system: You are a helpful assistant.
user:
Analyze the provided spectrum to determine if it is a **Carbon Star (C-type)**.

- **Key Visual Indicators of Carbon Star:**
    - **(Primary):** Strong molecular absorption from **C₂ (diatomic carbon) "Swan Bands."** This is the **defining feature** of a carbon star.
        - **(Key Bandheads):** Sharp absorption edges are visible at approximately $5635$ Å, $5165$ Å (the strongest band), and $4737$ Å.
        - **(Line Profile):** Creates a distinct **"saw-tooth"** pattern. The key morphology is a sharp, steep bandhead on the **red (long-wavelength) side**, which then gradually tapers off (i.e., flux recovers) towards the **blue (short-wavelength) side**. *(This is the direct opposite of the TiO bands seen in M-type stars)*.

    - **(Secondary):** Intense **CN (cyanogen)** molecular absorption bands.
        - **(Key Bandheads):** Located in the blue and violet regions of the spectrum (e.g., near $4215$ Å and $3883$ Å).
        - **(Morphology):** These bands are extremely broad and act as a "blanket," absorbing the vast majority of blue and violet light. This creates a characteristic **"cliff"** or **"steep drop-off"** in the spectrum's flux at short wavelengths.

    - **(Key Confirmation):** Strong **CH absorption band (G-band)**.
        - **(Key Bandhead):** Located around $4300$ Å. The contribution from CH molecules to this band is exceptionally strong.

    - **(Overall Spectrum):**
        - The continuum is severely "chopped up" by these deep molecular bands, especially C₂, rather than appearing as a smooth curve.
        - Due to the heavy CN and C₂ absorption in the blue-green, the vast majority of the star's flux is concentrated in the red part of the spectrum, giving the star its characteristic deep red color.

Think first, call **spectral_visualization_tool** if needed to examine features in detail, then provide your final answer. Your response must adhere to the following strict rules:
1.  **Overall Structure:** Your response must follow the format `<think>...</think> <tool_call>...</tool_call> (if a tool is used) <answer>...</answer>`.
2.  **Tool Usage Constraint:** You may only make **one** tool call per turn.
3.  **Final Answer Format:** In the `<answer>` tag, your conclusion must be inside a `\boxed{}` command (e.g., `\boxed{YES}`), followed by your justification.

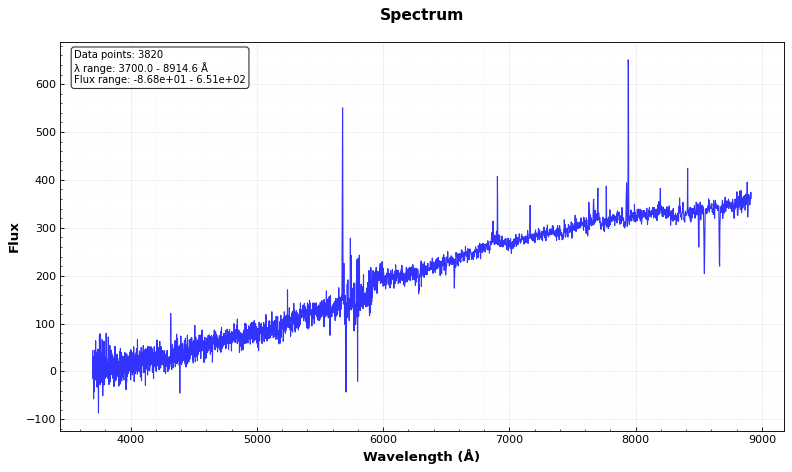
Answer: NO